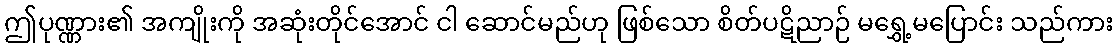
ဤပုဏ္ဏား၏ အကျိုးကို အဆုံးတိုင်အောင် ငါ ဆောင်မည်ဟု ဖြစ်သော စိတ်ပဋိညာဉ် မရွှေ့မပြောင်း သည်ကား